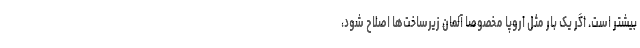
بیشتر است. اگر یک بار مثل اروپا مخصوصا آلمان زیرساخت‌ها اصلاح شود،